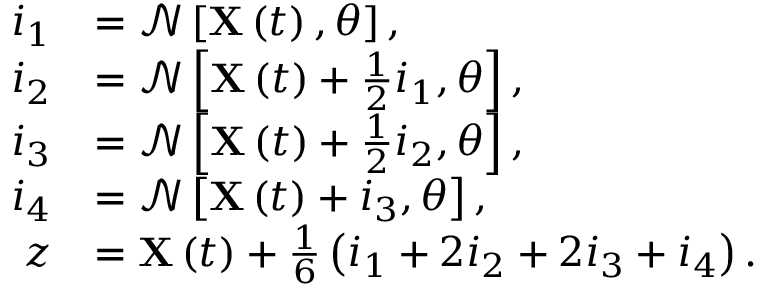
\begin{array} { r l } { i _ { 1 } } & { = \mathcal { N } \left[ \mathbf { X } \left( t \right) , \theta \right] , } \\ { i _ { 2 } } & { = \mathcal { N } \left[ \mathbf { X } \left( t \right) + \frac { 1 } { 2 } i _ { 1 } , \theta \right] , } \\ { i _ { 3 } } & { = \mathcal { N } \left[ \mathbf { X } \left( t \right) + \frac { 1 } { 2 } i _ { 2 } , \theta \right] , } \\ { i _ { 4 } } & { = \mathcal { N } \left[ \mathbf { X } \left( t \right) + i _ { 3 } , \theta \right] , } \\ { z } & { = \mathbf { X } \left( t \right) + \frac { 1 } { 6 } \left( i _ { 1 } + 2 i _ { 2 } + 2 i _ { 3 } + i _ { 4 } \right) . } \end{array}